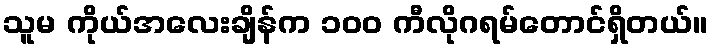
သူမ ကိုယ်အလေးချိန်က ၁၀၀ ကီလိုဂရမ်တောင်ရှိတယ်။